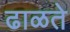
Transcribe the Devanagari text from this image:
ढाळते